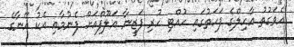
އެވަގުތު އާހިލްގެ ފަހަތުގައި ހުއްޓި ހުރި ފަޒީނާ އަލޫފްއަށް ފެނުމާއި އެކު އޭނާގެ